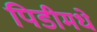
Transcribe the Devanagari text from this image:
पिडीमधे